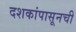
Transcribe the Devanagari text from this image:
दशकांपासूनची